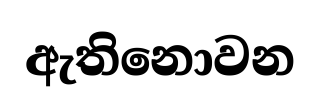
ඇතිනොවන